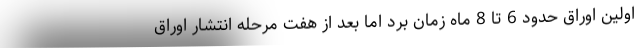
اولین اوراق حدود 6 تا 8 ماه زمان برد اما بعد از هفت مرحله انتشار اوراق